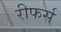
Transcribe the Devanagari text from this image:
रीफर्स